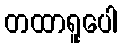
တထာရူပေါ